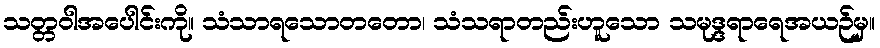
သတ္တဝါအပေါင်းကို။ သံသာရသောတတော၊ သံသရာတည်းဟူသော သမုဒ္ဒရာရေအယဉ်မှ။